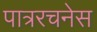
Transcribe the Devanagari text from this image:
पात्ररचनेस